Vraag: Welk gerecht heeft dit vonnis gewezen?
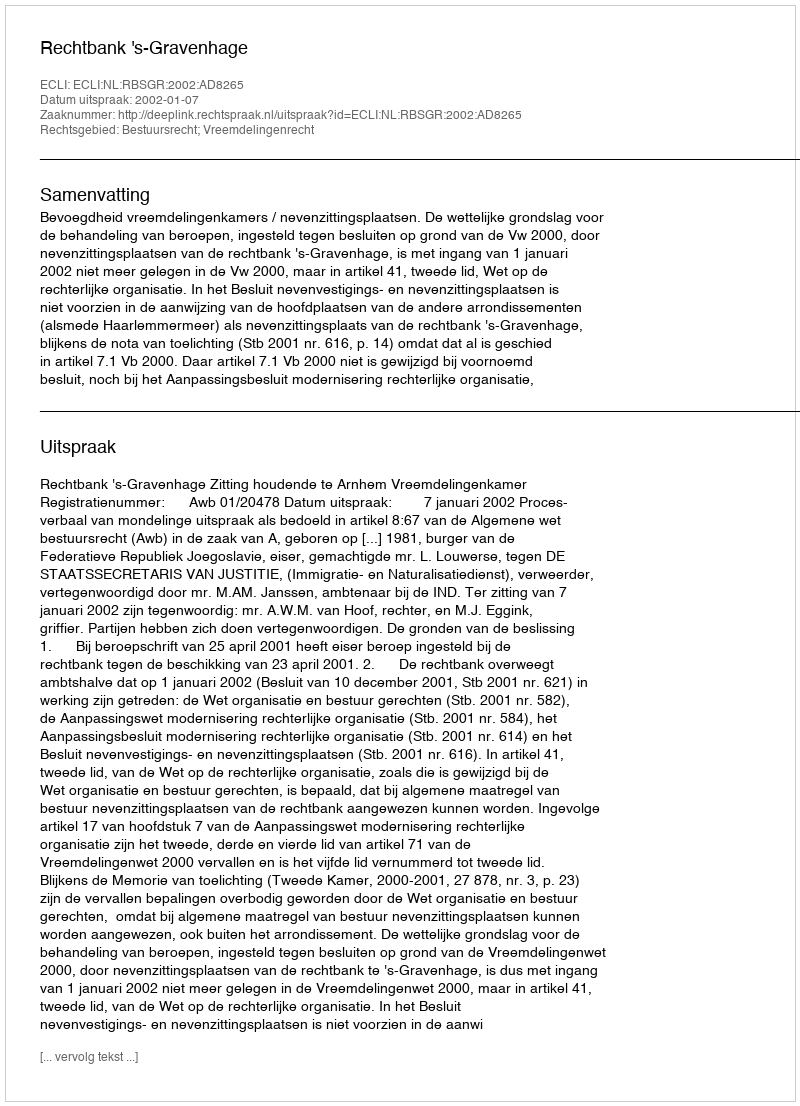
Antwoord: Rechtbank 's-Gravenhage